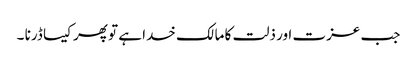
جب عزت اور ذلت کا مالک خدا ہے تو پھر کیسا ڈرنا ۔